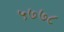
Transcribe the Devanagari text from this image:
५७७८